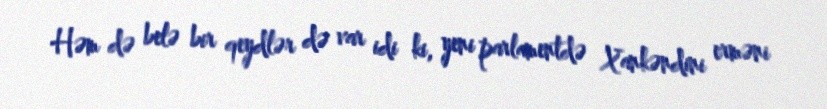
Həm də belə bir qeydlər də var idi ki, yeni parlamentdə Xankəndini erməni